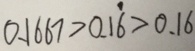
0 . 1 6 6 7 > 0 . 1 \dot { 6 } > 0 . 1 6